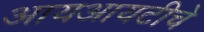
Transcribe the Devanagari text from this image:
आयआयटीचे